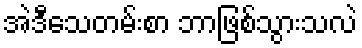
အဲဒီသေတမ်းစာ ဘာဖြစ်သွားသလဲ